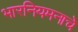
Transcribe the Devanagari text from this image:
भारनियमनाचे